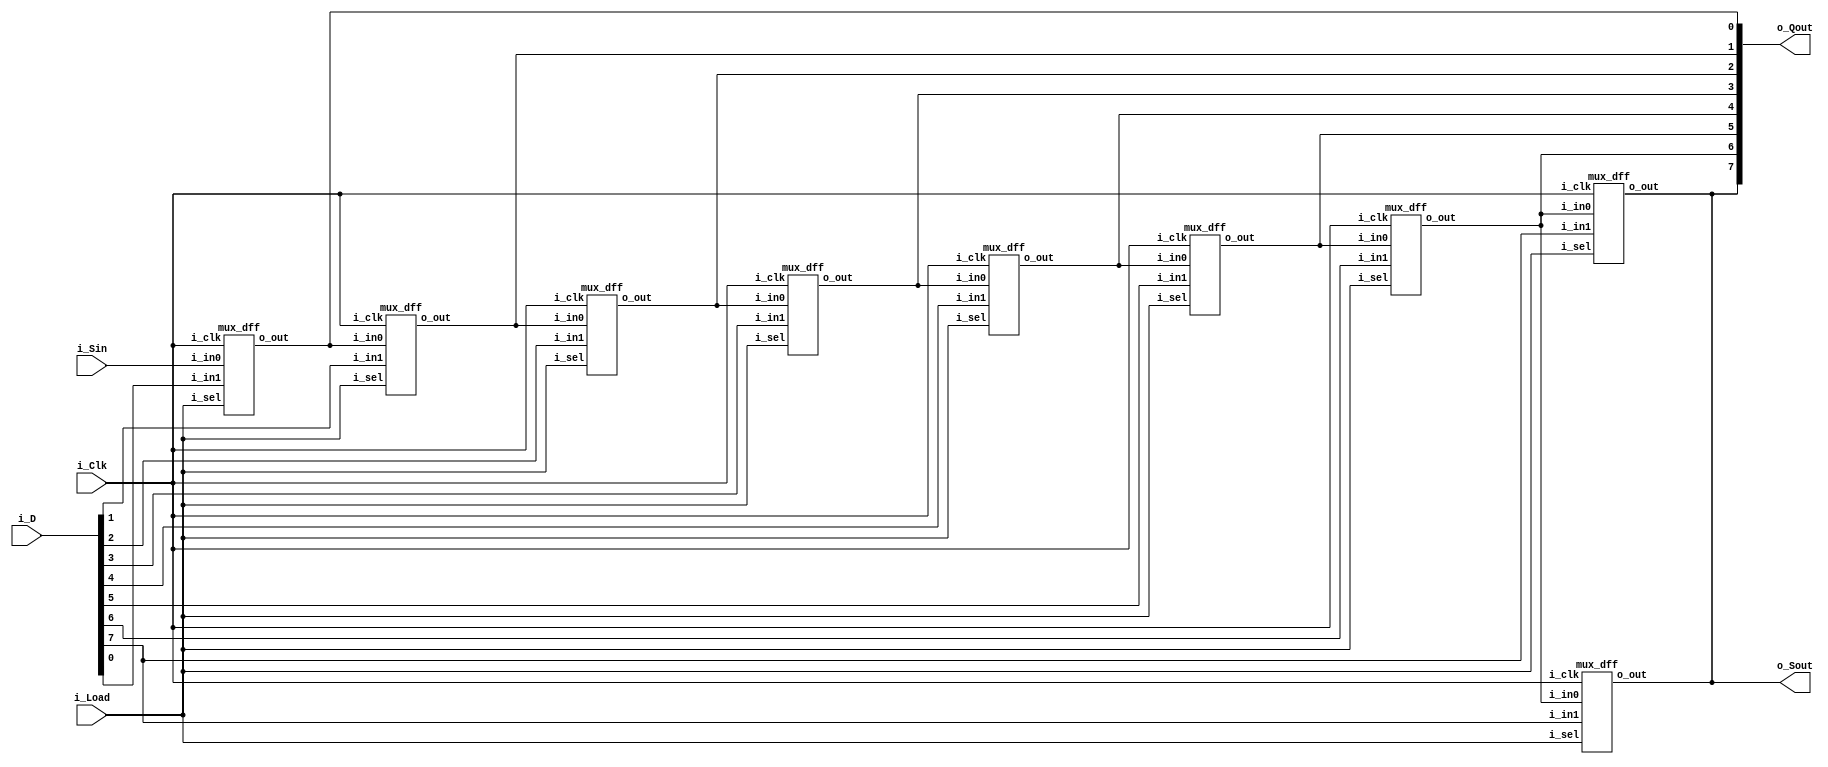
// ==================================================
//	[ ZARAM OJT. ]
//	* Author		: Seok Jin Son (sonsj98@zaram.com)
//	* Filename		: shift_register.v
//	* Date			: 2024-07-01 16:54:57
//	* Description	:
// ==================================================

module shift_register 
#(
	parameter BW_DATA = 8
)
(
	output					o_Sout,
	output	[BW_DATA-1:0]	o_Qout,
	input	[BW_DATA-1:0] 	i_D,
	input					i_Load,
	input					i_Sin,
	input					i_Clk
);

	mux_dff
	u_mux_dff_Inital(
	.o_out				(o_Qout[0]			),
	.i_in0				(i_Sin				),
	.i_in1				(i_D[0]				),
	.i_sel				(i_Load				),
	.i_clk				(i_Clk				)
	);


 	genvar i;	
	generate
		for (i=0; i<BW_DATA-1; i=i+1) begin
			mux_dff
			u_mux_dff(
			.o_out				(o_Qout[i+1]		),
			.i_in0				(o_Qout[i]			),
			.i_in1				(i_D[i+1]			),
			.i_sel				(i_Load				),
			.i_clk				(i_Clk				)
			);
		end
	endgenerate


	mux_dff
	u_mux_dff_Final(
	.o_out				(o_Qout[BW_DATA-1]			),
	.i_in0				(o_Qout[BW_DATA-2]			),
	.i_in1				(i_D[BW_DATA-1]				),
	.i_sel				(i_Load						),
	.i_clk				(i_Clk						)
	);

	assign o_Sout = o_Qout[BW_DATA-1];
	
endmodule



module mux_dff
(
	output	reg	o_out,
	input		i_in0,
	input		i_in1,
	input		i_sel,
	input		i_clk
);
	
	wire	w_mux_out;
	
	assign	w_mux_out = i_sel ? i_in1 : i_in0;

	always @ (posedge i_clk) begin
		o_out = w_mux_out;
	end

endmodule